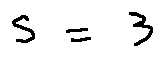
s = 3